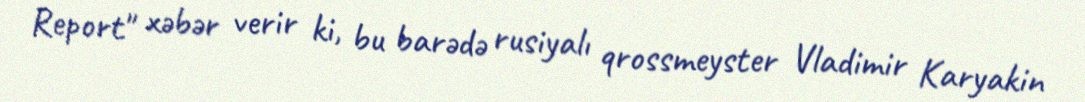
Report" xəbər verir ki, bu barədə rusiyalı qrossmeyster Vladimir Karyakin